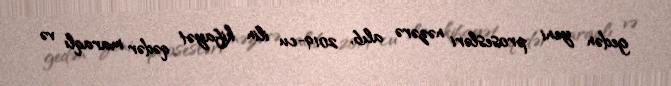
gedən yeni prosesləri nəzərə alıb, 2019-cu ilin kifayət qədər maraqlı və